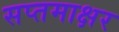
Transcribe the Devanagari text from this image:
सप्तमाक्षर